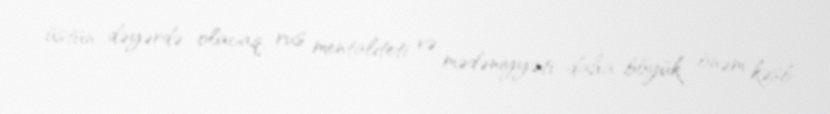
üstün dəyərdə olacaq, rus mentaliteti və mədəniyyəti daha böyük önəm kəsb